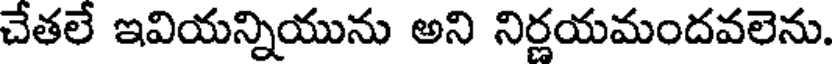
చేతలే ఇవియన్నియును అని నిర్ణయమందవలెను.